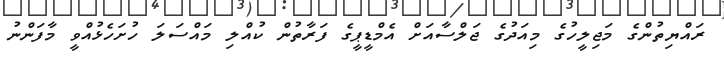
ރައްޔިތުންގެ މަޖިލީހުގެ މިއަދުގެ ޖަލްސާއަށް އެމްޑީޕީގެ ފަރާތުން ކުއްލި މައްސަލަ ހުށަހެޅުއްވީ މާފަންނު